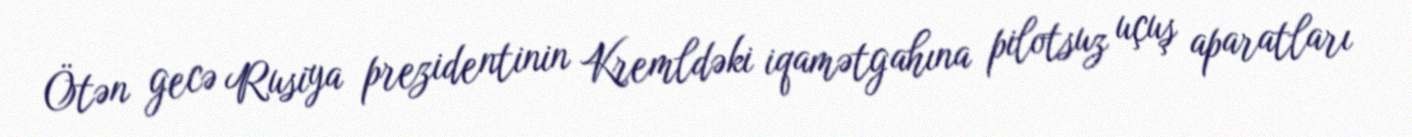
Ötən gecə Rusiya prezidentinin Kremldəki iqamətgahına pilotsuz uçuş aparatları